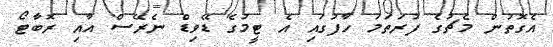
އެގޮތުން މެޗުގެ ފުރަތަމަ ހާފުގައި އެ ޓީމުގެ ޑޭވިޑް ނެރޭސް އާއި ރޮބާޓޯ